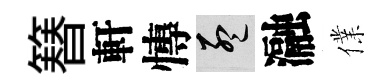
簮軒慱孟瀜㒒